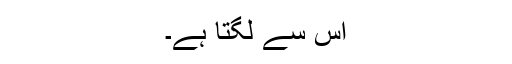
اس سے لگتا ہے۔